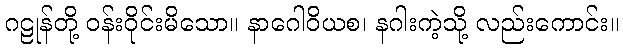
ဂဠုန်တို့ ဝန်းဝိုင်းမိသော။ နာဂေါဝိယစ၊ နဂါးကဲ့သို့ လည်းကောင်း။